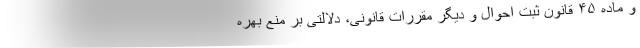
و ماده ۴۵ قانون ثبت احوال و دیگر مقررات قانونی، دلالتی بر منع بهره